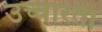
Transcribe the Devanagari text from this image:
उच्चारता